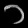
Digit: ၁